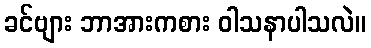
ခင်ဗျား ဘာအားကစား ဝါသနာပါသလဲ။